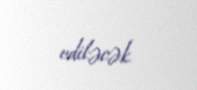
ediləcək.